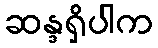
ဆန္ဒရှိပါက